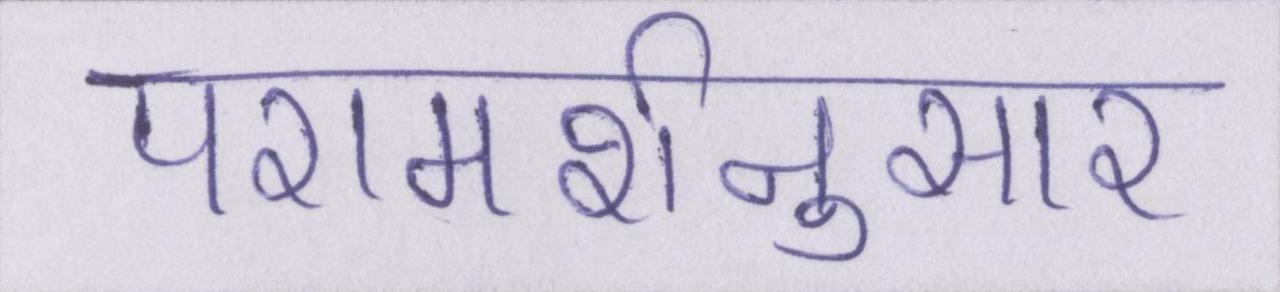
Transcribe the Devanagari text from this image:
परामर्शनुसार